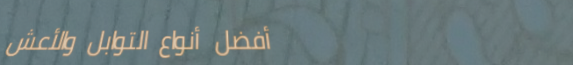
أفضل أنواع التوابل والأعش